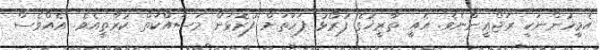
އެމީހުންނަކީ ރަޖްޢީންނެވެ. އެއީ ތާރީޚުގެ ފުރޯޅު ފަހަތަށް ފުރޮޅަން މަސައްކަތް ކުރާތީއެވެ. އެއްވެސް